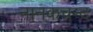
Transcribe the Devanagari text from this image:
नानकचन्द